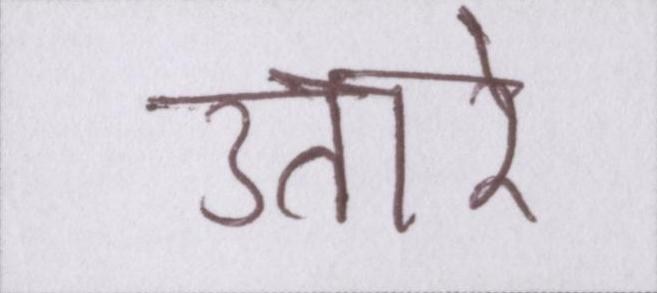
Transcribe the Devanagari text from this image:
उतारे